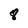
Character: 8